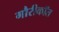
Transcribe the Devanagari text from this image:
गौरीकॉत